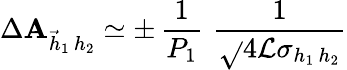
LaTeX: \Delta\mathbf{A}_{\vec{{h}}_{1}\, h_{2}}\simeq\pm\, \frac{{1}}{{P_{1}}}\, \, \frac{{1}}{{\sqrt{}{{4{\cal{L}}\sigma_{h_{1}\, h_{2}}}}}}